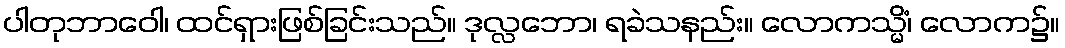
ပါတုဘာဝေါ၊ ထင်ရှားဖြစ်ခြင်းသည်။ ဒုလ္လဘော၊ ရခဲသနည်း။ လောကသ္မိံ၊ လောက၌။